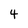
Character: 4